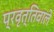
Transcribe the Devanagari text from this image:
प्रवृत्तिवाले